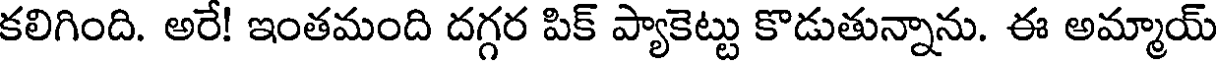
కలిగింది. అరే! ఇంతమంది దగ్గర పిక్ ప్యాకెట్టు కొడుతున్నాను. ఈ అమ్మాయ్